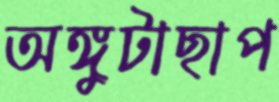
অঙ্গুটাছাপ